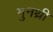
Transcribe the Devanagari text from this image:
मुनथ्री